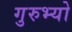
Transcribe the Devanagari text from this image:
गुरुभ्यो